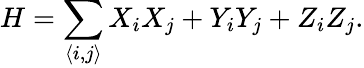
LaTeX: H=\sum_{\langle i,j\rangle}X_{i}X_{j}+Y_{i}Y_{j}+Z_{i}Z_{j}.